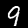
Label: 9